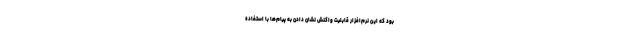
بود که این نرم‌افزار قابلیت واکنش نشان دادن به پیام‌ها با استفاده